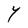
Character: Y